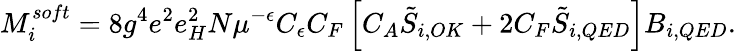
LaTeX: M_{i}^{soft}=8g^{4}e^{2}e_{H}^{2}N\mu^{-\epsilon}C_{\epsilon}C_{F}\left[C_{A}\tilde{S}_{i,OK}+2C_{F}\tilde{S}_{i,QED}\right]B_{i,QED}.